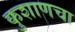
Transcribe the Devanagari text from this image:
कुशाणचा